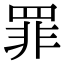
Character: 罪